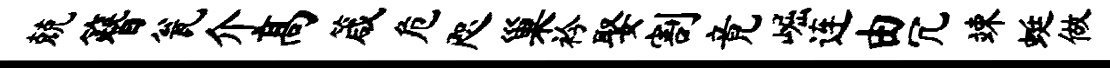
兢簪瓮介高箴危咫巢衿娶割竟崛连由冗竦蜓做